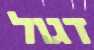
דגול